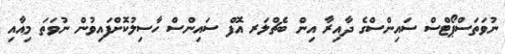
ނުވަތަސްޕޯޓްސް ސައިންސްގެ ދާއިރާ އިން ބެޗްލަރ އޮފް ސައިންސް ހާސިލުކޮށްފައިވުން ނުވަތަ މިއާއި